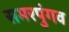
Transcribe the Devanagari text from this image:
समरपुंगव